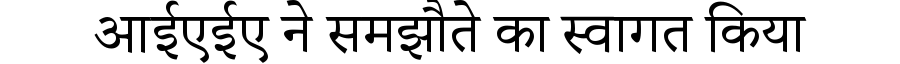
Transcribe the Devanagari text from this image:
आईएईए ने समझौते का स्वागत किया